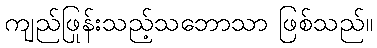
ကျည်ဖြုန်းသည့်သဘောသာ ဖြစ်သည်။